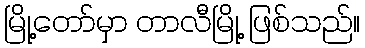
မြို့တော်မှာ တာလီမြို့ ဖြစ်သည်။